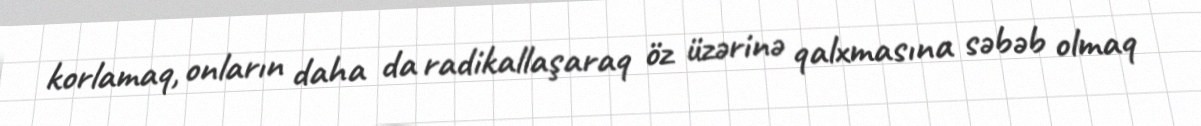
korlamaq, onların daha da radikallaşaraq öz üzərinə qalxmasına səbəb olmaq